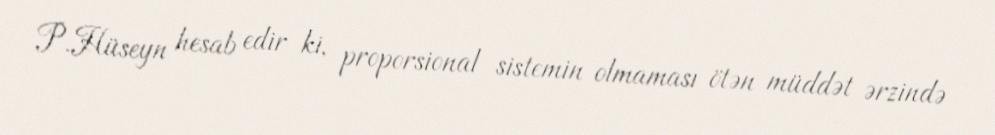
P.Hüseyn hesab edir ki, proporsional sistemin olmaması ötən müddət ərzində